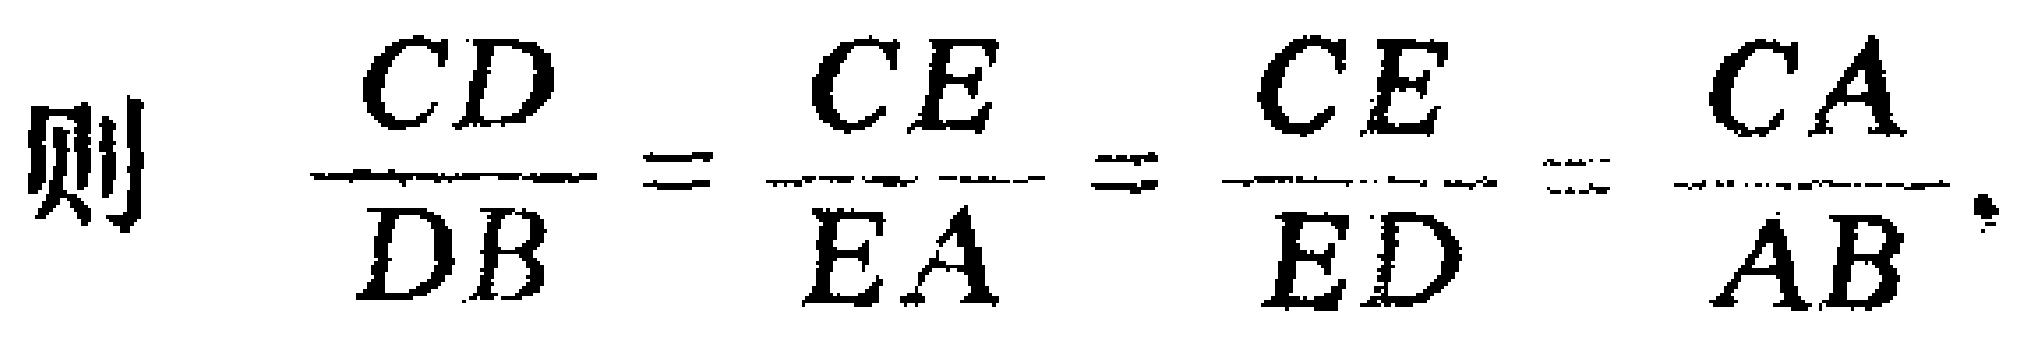
则 \(\frac{CD}{DB}=\frac{CE}{EA}=\frac{CE}{ED}=\frac{CA}{AB}\)。